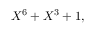
X ^ { 6 } + X ^ { 3 } + 1 ,